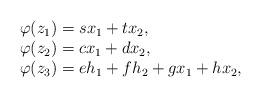
LaTeX: \begin{align*}\begin{array}{llllllll}\varphi(z_1)= sx_1+ tx_2,\\\varphi(z_2)=cx_1+dx_2,\\\varphi(z_3)=eh_1+fh_2+gx_1+hx_2,\end{array}\end{align*}